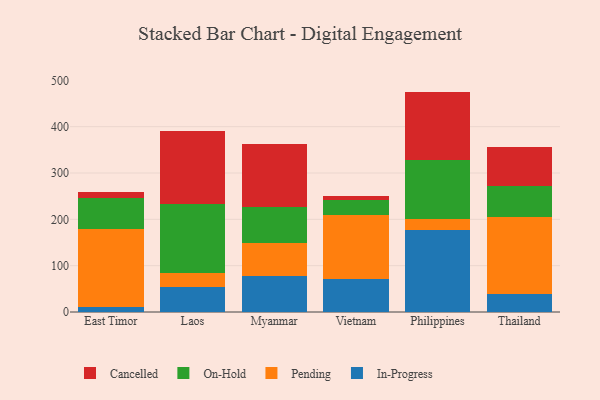
{"axis": {"x": "Country", "y": "Backlog"}, "legend": ["Cancelled", "In-Progress", "On-Hold", "Pending"], "data": [{"x": "East Timor", "y": 11.6, "type": "In-Progress"}, {"x": "East Timor", "y": 166.9, "type": "Pending"}, {"x": "East Timor", "y": 67.0, "type": "On-Hold"}, {"x": "East Timor", "y": 13.0, "type": "Cancelled"}, {"x": "Laos", "y": 54.6, "type": "In-Progress"}, {"x": "Laos", "y": 28.7, "type": "Pending"}, {"x": "Laos", "y": 149.1, "type": "On-Hold"}, {"x": "Laos", "y": 159.0, "type": "Cancelled"}, {"x": "Myanmar", "y": 77.8, "type": "In-Progress"}, {"x": "Myanmar", "y": 71.3, "type": "Pending"}, {"x": "Myanmar", "y": 76.7, "type": "On-Hold"}, {"x": "Myanmar", "y": 136.5, "type": "Cancelled"}, {"x": "Vietnam", "y": 71.2, "type": "In-Progress"}, {"x": "Vietnam", "y": 138.9, "type": "Pending"}, {"x": "Vietnam", "y": 31.1, "type": "On-Hold"}, {"x": "Vietnam", "y": 8.6, "type": "Cancelled"}, {"x": "Philippines", "y": 177.2, "type": "In-Progress"}, {"x": "Philippines", "y": 22.8, "type": "Pending"}, {"x": "Philippines", "y": 128.5, "type": "On-Hold"}, {"x": "Philippines", "y": 147.2, "type": "Cancelled"}, {"x": "Thailand", "y": 38.0, "type": "In-Progress"}, {"x": "Thailand", "y": 167.6, "type": "Pending"}, {"x": "Thailand", "y": 67.2, "type": "On-Hold"}, {"x": "Thailand", "y": 82.7, "type": "Cancelled"}]}